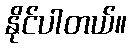
နိုင်ပါတယ်။